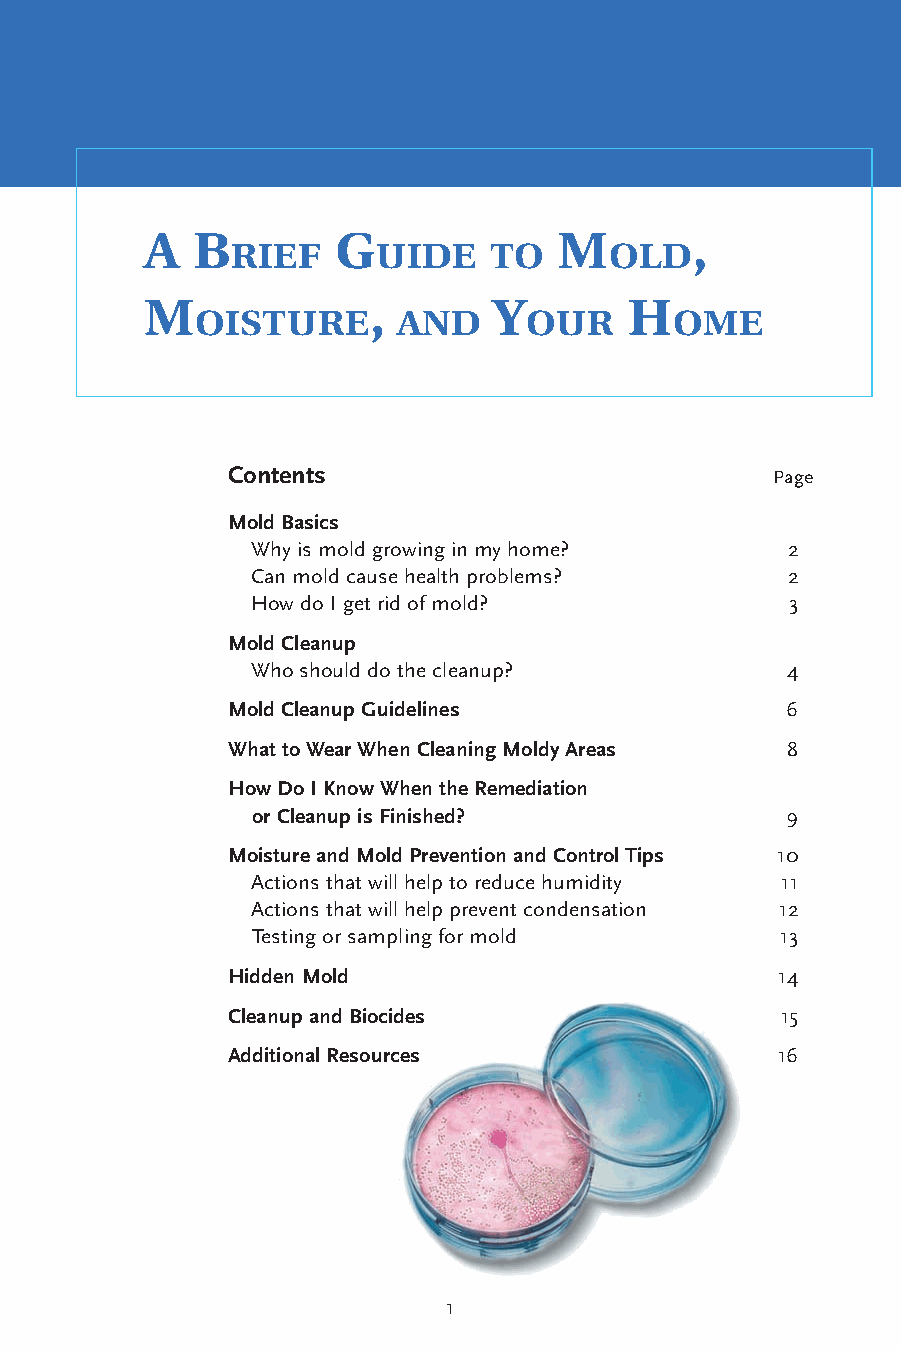
A  B        G              M        ,
 rief      uide   to      old
 M             ,        Y        H
 oisture      And      our      oMe
 Contents                            Page
 Mold Basics
 Why is mold growing in my home?    2
 Can mold cause health problems?    2
 How do I get rid of mold?          3
 Mold Cleanup
 Who should do the cleanup?         4
 Mold Cleanup Guidelines              6
 What to Wear When Cleaning Moldy Areas 8
 How Do I Know When the Remediation
 or Cleanup is Finished?            9
 Moisture and Mold Prevention and Control Tips 10
 Actions that will help to reduce humidity 11
 Actions that will help prevent condensation 12
 Testing or sampling for mold       13
 Hidden Mold                         14
 Cleanup and Biocides                 15
 Additional Resources                16
 1